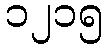
၁၂၁၅